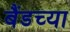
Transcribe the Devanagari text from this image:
बैंडच्या